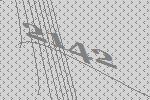
2142